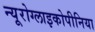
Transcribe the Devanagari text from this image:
न्यूरोग्लाइकोपीनिया